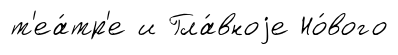
т'еа́тр'е и Гла́вноjе Но́вого